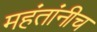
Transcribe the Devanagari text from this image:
महंतांनीच